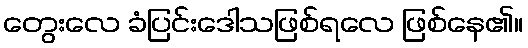
တွေးလေ ခံပြင်းဒေါသဖြစ်ရလေ ဖြစ်နေ၏။